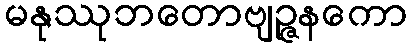
မနုဿုဘတောဗျဉ္ဇနကော